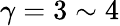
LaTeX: \gamma=3\sim 4